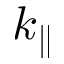
k _ { \parallel }